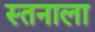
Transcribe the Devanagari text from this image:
स्तनाला